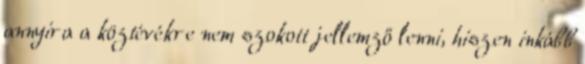
annyira a köztévékre nem szokott jellemző lenni, hiszen inkább